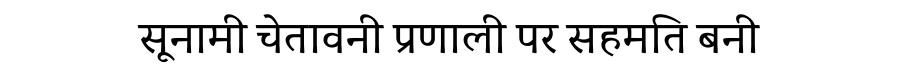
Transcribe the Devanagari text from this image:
सूनामी चेतावनी प्रणाली पर सहमति बनी